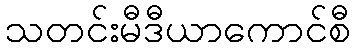
သတင်းမီဒီယာကောင်စီ